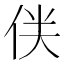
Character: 𠈫